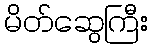
မိတ်ဆွေကြီး